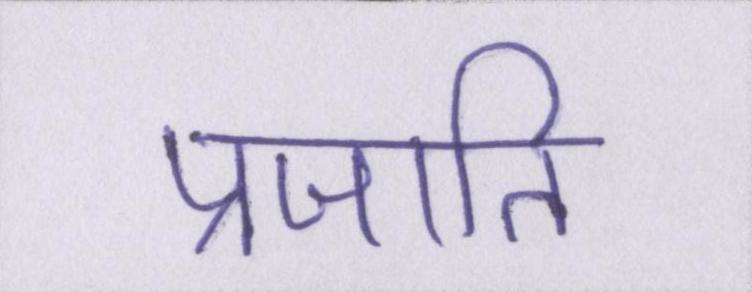
प्रजाति